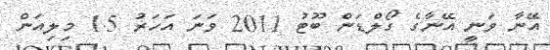
އޭނާ ވަނީ އޭނާގެ ގޯލްޑަން ބޫޓު 2011 ވަނަ އަހަރު 1.5 މިލިއަން